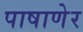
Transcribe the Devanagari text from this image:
पाषाणेर